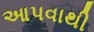
આપવાથી